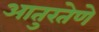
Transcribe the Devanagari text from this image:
आतुरतेणे